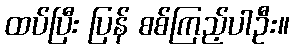
ထပ်ပြီး ပြန် စစ်ကြည့်ပါဦး။